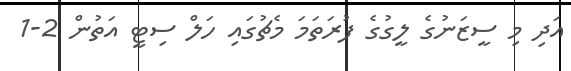
އަދި މި ސީޒަނުގެ ލީގުގެ ފުރަތަމަ މެޗުގައި ހަލް ސިޓީ އަތުން 2-1